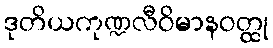
ဒုတိယကုဏ္ဍလီဝိမာနဝတ္ထု